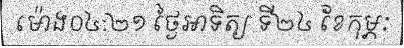
ម៉ោង០៤:២១ ថ្ងៃអាទិត្យ ទី២៤ ខែកុម្ភៈ